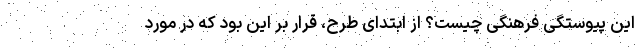
این پیوستگی فرهنگی چیست؟ از ابتدای طرح، قرار بر این بود که در مورد